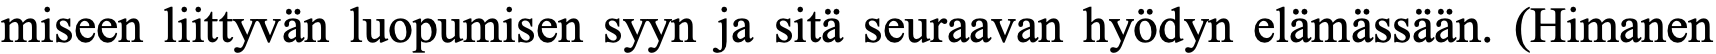
miseen liittyvän luopumisen syyn ja sitä seuraavan hyödyn elämässään. (Himanen